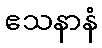
ဧသနာနံ